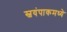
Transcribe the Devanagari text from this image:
स्वयंपाकमध्ये